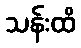
သန်းထိ